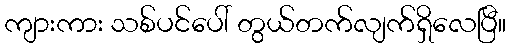
ကျားကား သစ်ပင်ပေါ် တွယ်တက်လျက်ရှိလေပြီ။